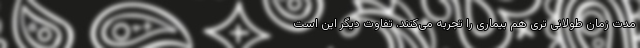
مدت زمان طولانی تری هم بیماری را تجربه می‌کنند. تفاوت دیگر این است